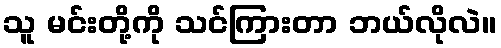
သူ မင်းတို့ကို သင်ကြားတာ ဘယ်လိုလဲ။